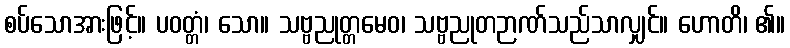
စပ်သောအားဖြင့်။ ပဝတ္တံ၊ သော။ သဗ္ဗညုတ္တမေဝ၊ သဗ္ဗညုတဉာဏ်သည်သာလျှင်။ ဟောတိ၊ ၏။